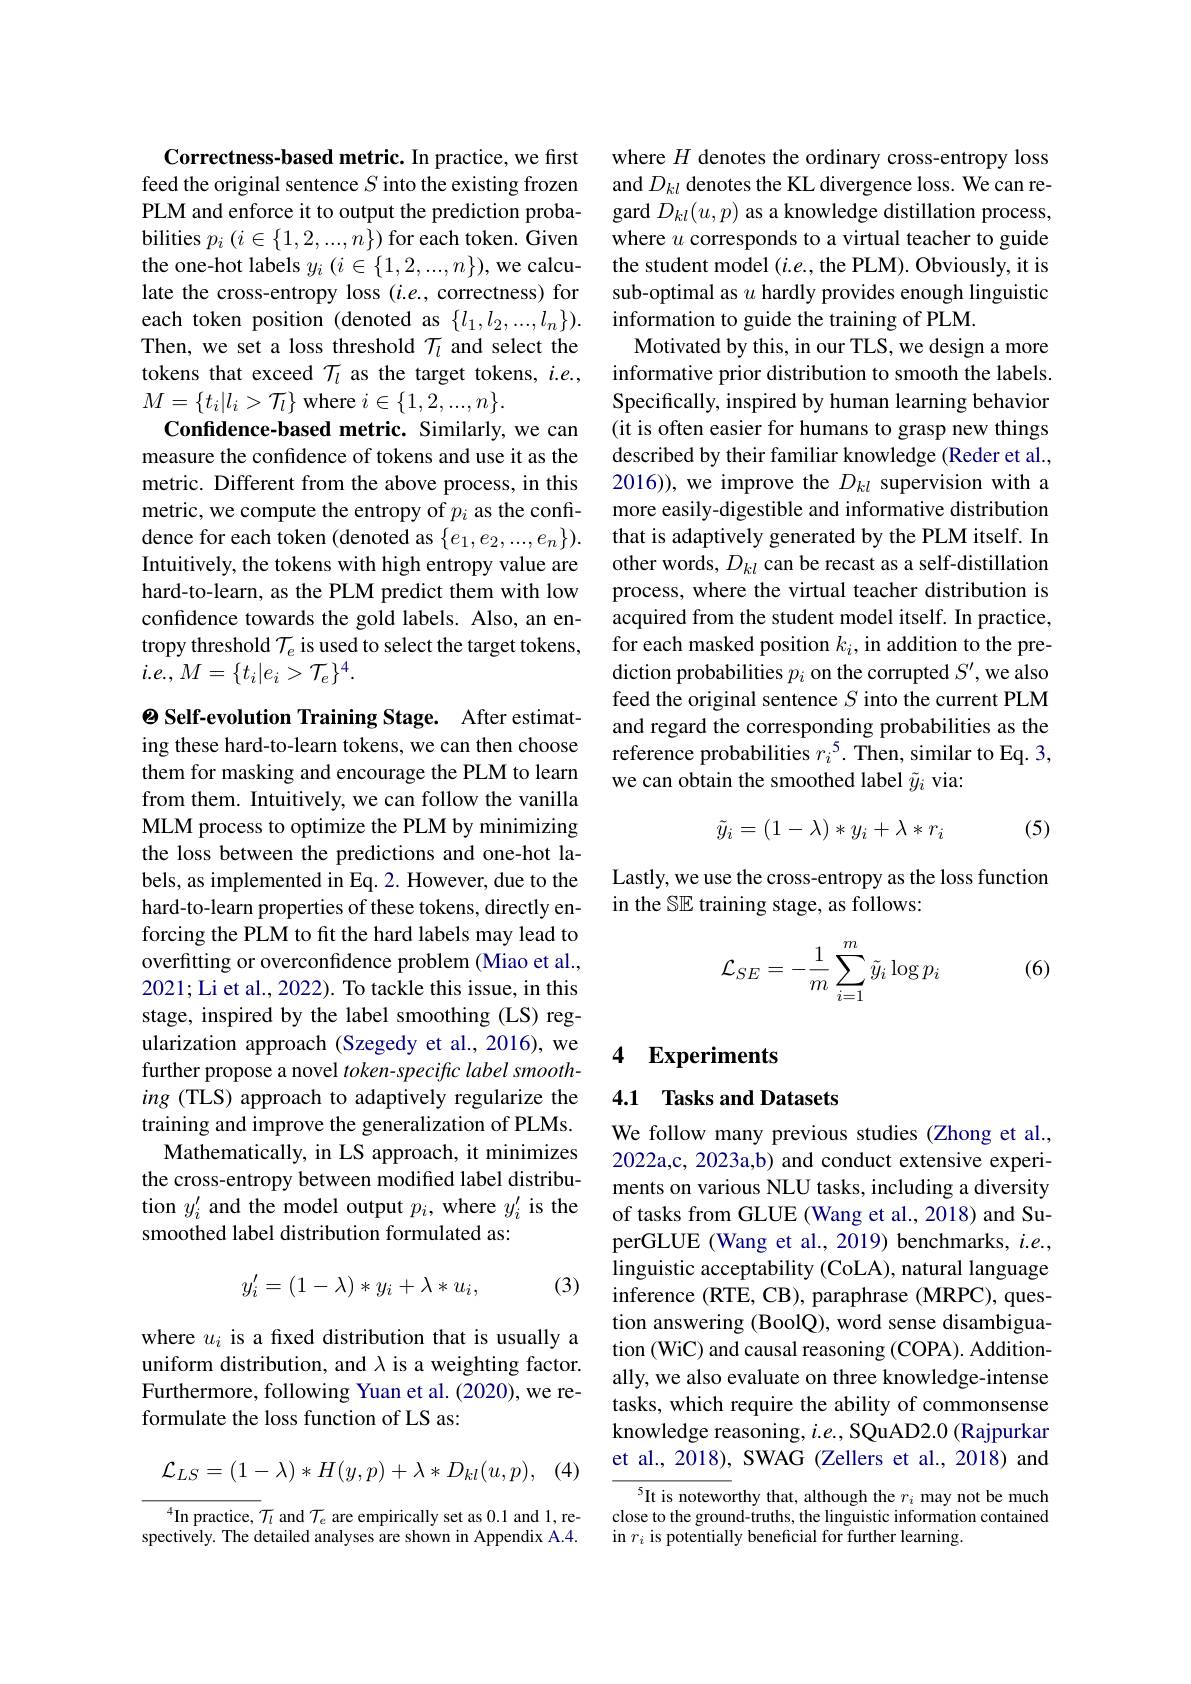
Correctness-based metric. In practice, we first feed the original sentence $S$ into the existing frozen PLM and enforce it to output the prediction probabilities $p_i\left(i\in\{1,2,...,n\}\right)$for each token. Given the one-hot labels $y_i\left(i\in\{1,2,...,n\}\right)$,we calculate the cross-entropy loss (i.e., correctness) for each token position (denoted as $\{l_1,l_2,...,l_n\}).$ Then, we set a loss threshold $\mathcal{T}_l$ and select the tokens that exceed $\mathcal{T}_l$ as the target tokens, $i.e.$,

$M=\{t_i|l_i>\mathcal{T}_l\}$ where $i\in\{1,2,...,n\}.$

Confidence-based metric. Similarly, we can measure the confidence of tokens and use it as the metric. Different from the above process, in this metric, we compute the entropy of $p_i$ as the confidence for each token (denoted as $\{e_1,e_2,...,e_n\}).$ Intuitively, the tokens with high entropy value are hard-to-learn, as the PLM predict them with low confidence towards the gold labels. Also, an entropy threshold $\mathcal{T}_e$ is used to select the target tokens, $i.e.,M=\{t_{i}|e_{i}>\mathcal{T}_{e}\}^{4}.$

$\textcircled {\mathrm{e} }\textbf{Self- evolution Training Stage. }$ After estimating these hard-to-learn tokens, we can then choose them for masking and encourage the PLM to learn from them. Intuitively, we can follow the vanilla MLM process to optimize the PLM by minimizing the loss between the predictions and one-hot labels, as implemented in Eq. 2. However, due to the hard-to-learn properties of these tokens, directly enforcing the PLM to fit the hard labels may lead to overfitting or overconfidence problem (Miao et al., 2021; Li et al., 2022). To tackle this issue, in this stage, inspired by the label smoothing (LS) regularization approach (Szegedy et al., 2016), we further propose a novel token-specific label smoothing (TLS) approach to adaptively regularize the training and improve the generalization of PLMs.
Mathematically, in LS approach, it minimizes the cross-entropy between modified label distribution $y_i^{\prime}$ and the model output $p_i$, where $y_i^{\prime}$ is the smoothed label distribution formulated as:
$$\begin{matrix}y'_i=(1-\lambda)*y_i+\lambda*u_i,\end{matrix}$$
(3)

where $u_i$ is a fixed distribution that is usually a uniform distribution, and $\lambda$ is a weighting factor. Furthermore, following Yuan et al. (2020), we reformulate the loss function of LS as:

(4)
$$\mathcal{L}_{LS}=(1-\lambda)*H(y,p)+\lambda*D_{kl}(u,p),$$
$^{4}$In practice, $\mathcal T_l$ and $\mathcal{T}_e$ are empirically set as 0.1 and 1, respectively. The detailed analyses are shown in Appendix A.4.

where $H$ denotes the ordinary cross-entropy loss and $D_{kl}$ denotes the KL divergence loss. We can regard $D_kl(u,p)$ as a knowledge distillation process, where $u$ corresponds to a virtual teacher to guide the student model $(i.e.$,the PLM). Obviously, it is sub-optimal as $u$ hardly provides enough linguistic information to guide the training of PLM.
Motivated by this, in our TLS, we design a more informative prior distribution to smooth the labels. Specifically, inspired by human learning behavior (it is often easier for humans to grasp new things described by their familiar knowledge (Reder et al., 2016)), we improve the $D_{kl}$ supervision with a more easily-digestible and informative distribution that is adaptively generated by the PLM itself. In other words, $D_kl$ can be recast as a self-distillation process, where the virtual teacher distribution is acquired from the student model itself. In practice, for each masked position $k_i$, in addition to the prediction probabilities $p_i$ on the corrupted $S^\prime$,we also feed the original sentence $S$ into the current PLM and regard the corresponding probabilities as the reference probabilities $r_i^5.$ Then, similar to Eq. 3, we can obtain the smoothed label $\tilde{y}_i$ via:
$$\tilde{y}_i=(1-\lambda)*y_i+\lambda*r_i$$
(5)

Lastly, we use the cross-entropy as the loss function
in the SE training stage, as follows:

(6)
$$\mathcal{L}_{SE}=-\frac{1}{m}\sum_{i=1}^{m}\tilde{y}_{i}\log p_{i}$$
# 4 Experiments

4.1 Tasks and Datasets

We follow many previous studies (Zhong et al., 2022a,c, 2023a,b) and conduct extensive experiments on various NLU tasks, including a diversity of tasks from GLUE (Wang et al., 2018) and SuperGLUE (Wang et al., 2019) benchmarks, $i.e.$, linguistic acceptability (CoLA), natural language inference (RTE, CB), paraphrase (MRPC), question answering (BoolQ), word sense disambiguation (WiC) and causal reasoning (COPA). Additionally, we also evaluate on three knowledge-intense tasks, which require the ability of commonsense knowledge reasoning, $i.e.$, SQuAD2.0 (Rajpurkar et al., 2018), SWAG (Zellers et al., 2018) and

$^{5}$It is noteworthy that, although the $r_i$ may not be much close to the ground-truths, the linguistic information contained in $r_i$ is potentially beneficial for further learning.